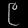
Digit: ၉